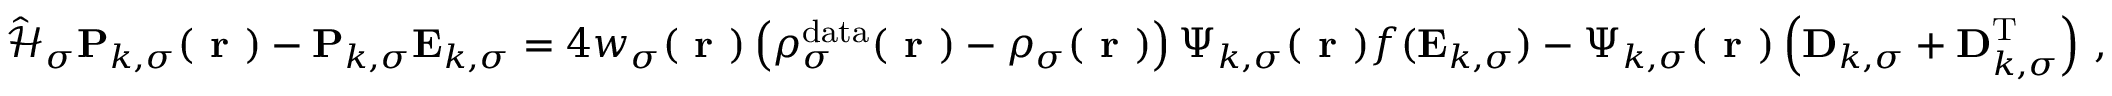
\hat { \mathcal { { H } } } _ { \sigma } \mathbf { P } _ { k , \sigma } ( \boldsymbol { \textbf { r } } ) - \mathbf { P } _ { k , \sigma } \mathbf { E } _ { k , \sigma } = 4 w _ { \sigma } ( \boldsymbol { \textbf { r } } ) \left( \rho _ { \sigma } ^ { \mathrm { d a t a } } ( \boldsymbol { \textbf { r } } ) - \rho _ { \sigma } ( \boldsymbol { \textbf { r } } ) \right) \boldsymbol { \Psi } _ { k , \sigma } ( \boldsymbol { \textbf { r } } ) f ( \mathbf { E } _ { k , \sigma } ) - \boldsymbol { \Psi } _ { k , \sigma } ( \boldsymbol { \textbf { r } } ) \left( \mathbf { D } _ { k , \sigma } + \mathbf { D } _ { k , \sigma } ^ { \mathrm { T } } \right) \, ,